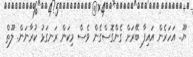
ޔޫ.. އަހަރެން އައިފާ ބޭރަށް ގެންގޮސްގެން ވެސް މިކަން ރަނގަޅު ކުރާނަން. ލޫތް